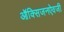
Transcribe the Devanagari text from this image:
ऑक्सिजनऐवजी